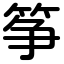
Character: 筝